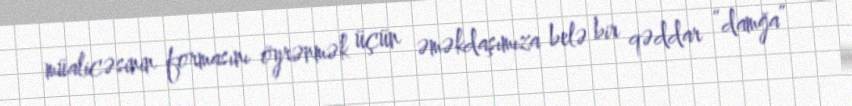
müalicəsinin formasını öyrənmək üçün əməkdaşımıza belə bir qəddar “damğa”